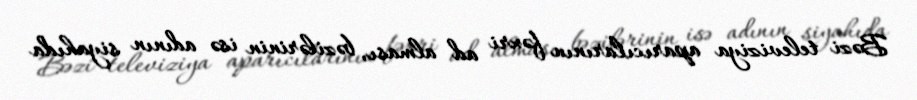
Bəzi televiziya aparıcılarının fəxri ad alması, bəzilərinin isə adının siyahıda